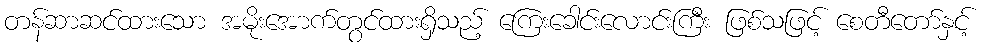
တန်ဆာဆင်ထားသော အမိုးအောက်တွင်ထားရှိသည့် ကြေးခေါင်းလောင်းကြီး ဖြစ်သဖြင့် စေတီတော်နှင့်